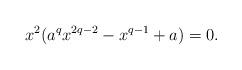
LaTeX: \begin{align*}x^2(a^q x^{2q-2}-x^{q-1}+a)=0.\end{align*}